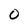
Character: o